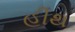
હીથ